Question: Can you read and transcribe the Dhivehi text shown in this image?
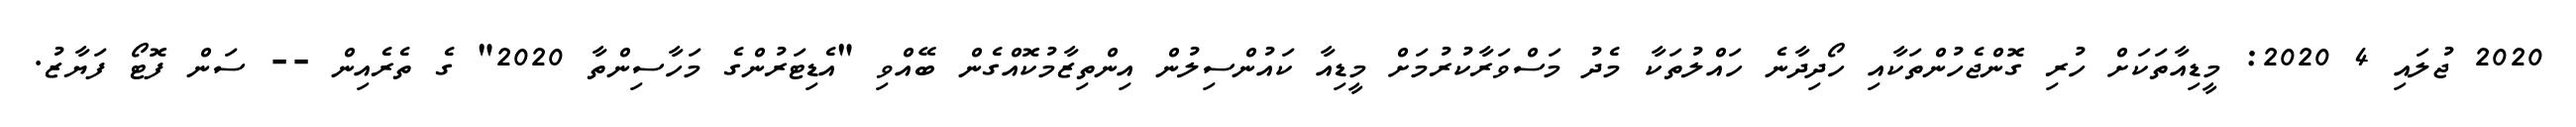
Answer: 2020 ޖުލައި 4 2020: މީޑިއާތަކަށް ހުރި ގޮންޖެހުންތަކާއި ހޯދިދާނެ ހައްލުތަކާ މެދު މަސްވަރާކުރުމަށް މީޑިއާ ކައުންސިލުން އިންތިޒާމުކޮއްގެން ބޭއްވި "އެޑިޓަރުންގެ މަހާސިންތާ 2020" ގެ ތެރެއިން -- ސަން ފޮޓޯ ފަޔާޒު.